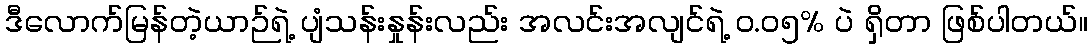
ဒီလောက်မြန်တဲ့ယာဉ်ရဲ့ ပျံသန်းနှုန်းလည်း အလင်းအလျင်ရဲ့ ၀.၀၅% ပဲ ရှိတာ ဖြစ်ပါတယ်။